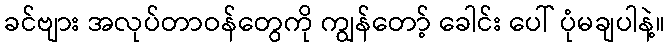
ခင်ဗျား အလုပ်တာဝန်တွေကို ကျွန်တော့် ခေါင်း ပေါ် ပုံမချပါနဲ့။